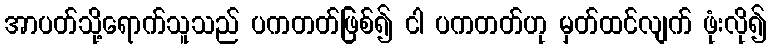
အာပတ်သို့ရောက်သူသည် ပကတတ်ဖြစ်၍ ငါ ပကတတ်ဟု မှတ်ထင်လျက် ဖုံးလို၍